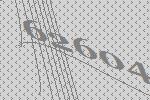
62604